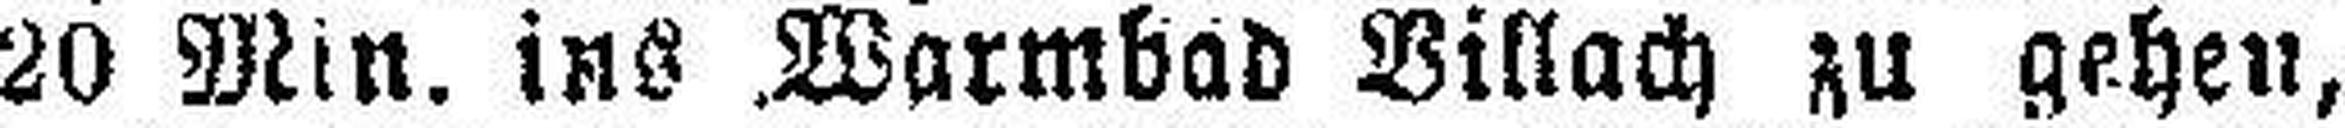
20 Min. ins Warmbad Villach zu gehen,